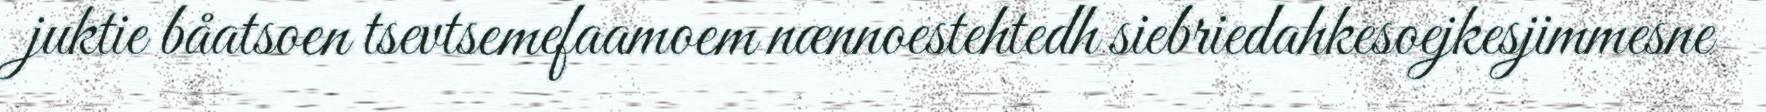
juktie båatsoen tsevtsemefaamoem nænnoestehtedh siebriedahkesoejkesjimmesne